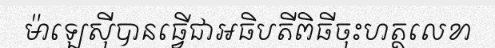
ម៉ាឡេស៊ីបានធ្វើជាអធិបតីពិធីចុះហត្ថលេខា